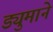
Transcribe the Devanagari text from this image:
ड्युमाने